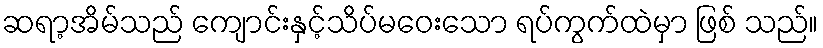
ဆရာ့အိမ်သည် ကျောင်းနှင့်သိပ်မဝေးသော ရပ်ကွက်ထဲမှာ ဖြစ် သည်။